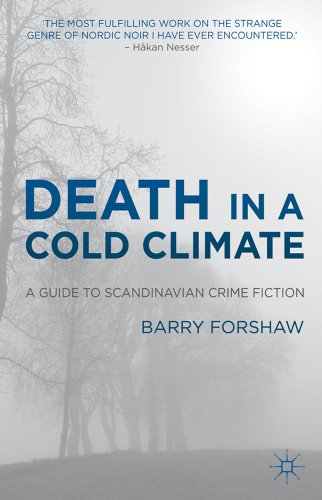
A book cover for Death in a Cold Climate: A Guide to Scandinavian Crime Fiction (Crime Files); Barry Forshaw; Mystery, Thriller & Suspense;